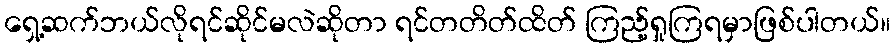
ရှေ့ဆက်ဘယ်လိုရင်ဆိုင်မလဲဆိုတာ ရင်တတိတ်ထိတ် ကြည့်ရှုကြရမှာဖြစ်ပါတယ်။